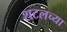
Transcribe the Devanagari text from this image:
शटलच्या